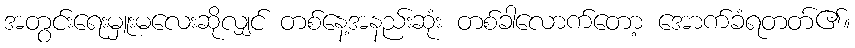
အတွင်းရေးမှူးမလေးဆိုလျှင် တစ်နေ့အနည်းဆုံး တစ်ခါလောက်တော့ အောက်ခံရတတ်၏။